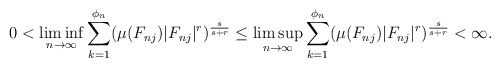
\begin{align*}0<\liminf_{n\to\infty}\sum_{k=1}^{\phi_{n}}(\mu(F_{nj})|F_{nj}|^{r})^{\frac{s}{s+r}}\leq\limsup_{n\to\infty}\sum_{k=1}^{\phi_{n}}(\mu(F_{nj})|F_{nj}|^{r})^{\frac{s}{s+r}}<\infty.\end{align*}